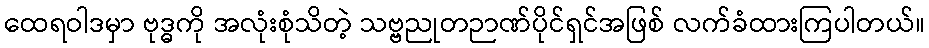
ထေရဝါဒမှာ ဗုဒ္ဓကို အလုံးစုံသိတဲ့ သဗ္ဗညုတဉာဏ်ပိုင်ရှင်အဖြစ် လက်ခံထားကြပါတယ်။